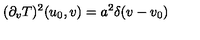
( \partial _ { v } T ) ^ { 2 } ( u _ { 0 } , v ) = a ^ { 2 } \delta ( v - v _ { 0 } )